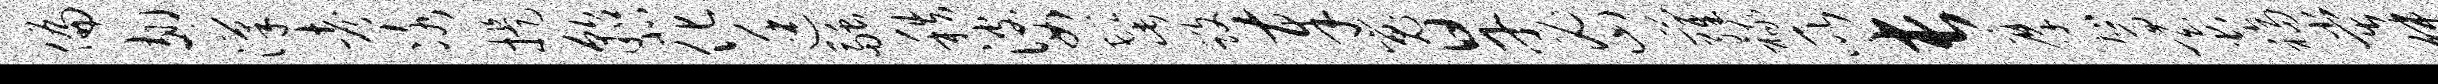
偏翅汉考冰提貂北化廷融秩婆髭毁奉嵬旱密萝禄所长摩驾蚕福堂桀